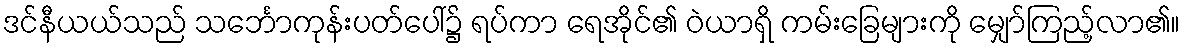
ဒင်နီယယ်သည် သင်္ဘောကုန်းပတ်ပေါ်၌ ရပ်ကာ ရေအိုင်၏ ဝဲယာရှိ ကမ်းခြေများကို မျှော်ကြည့်လာ၏။